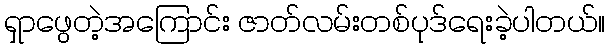
ရှာဖွေတဲ့အကြောင်း ဇာတ်လမ်းတစ်ပုဒ်ရေးခဲ့ပါတယ်။